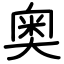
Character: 奥